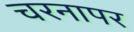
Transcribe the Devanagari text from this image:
चरनापर